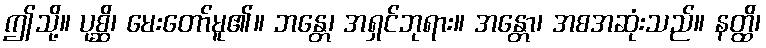
ဤသို့။ ပုစ္ဆိ၊ မေးတော်မူ၏။ ဘန္တေ၊ အရှင်ဘုရား။ အန္တော၊ အစအဆုံးသည်။ နတ္ထိ၊